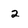
Character: 2